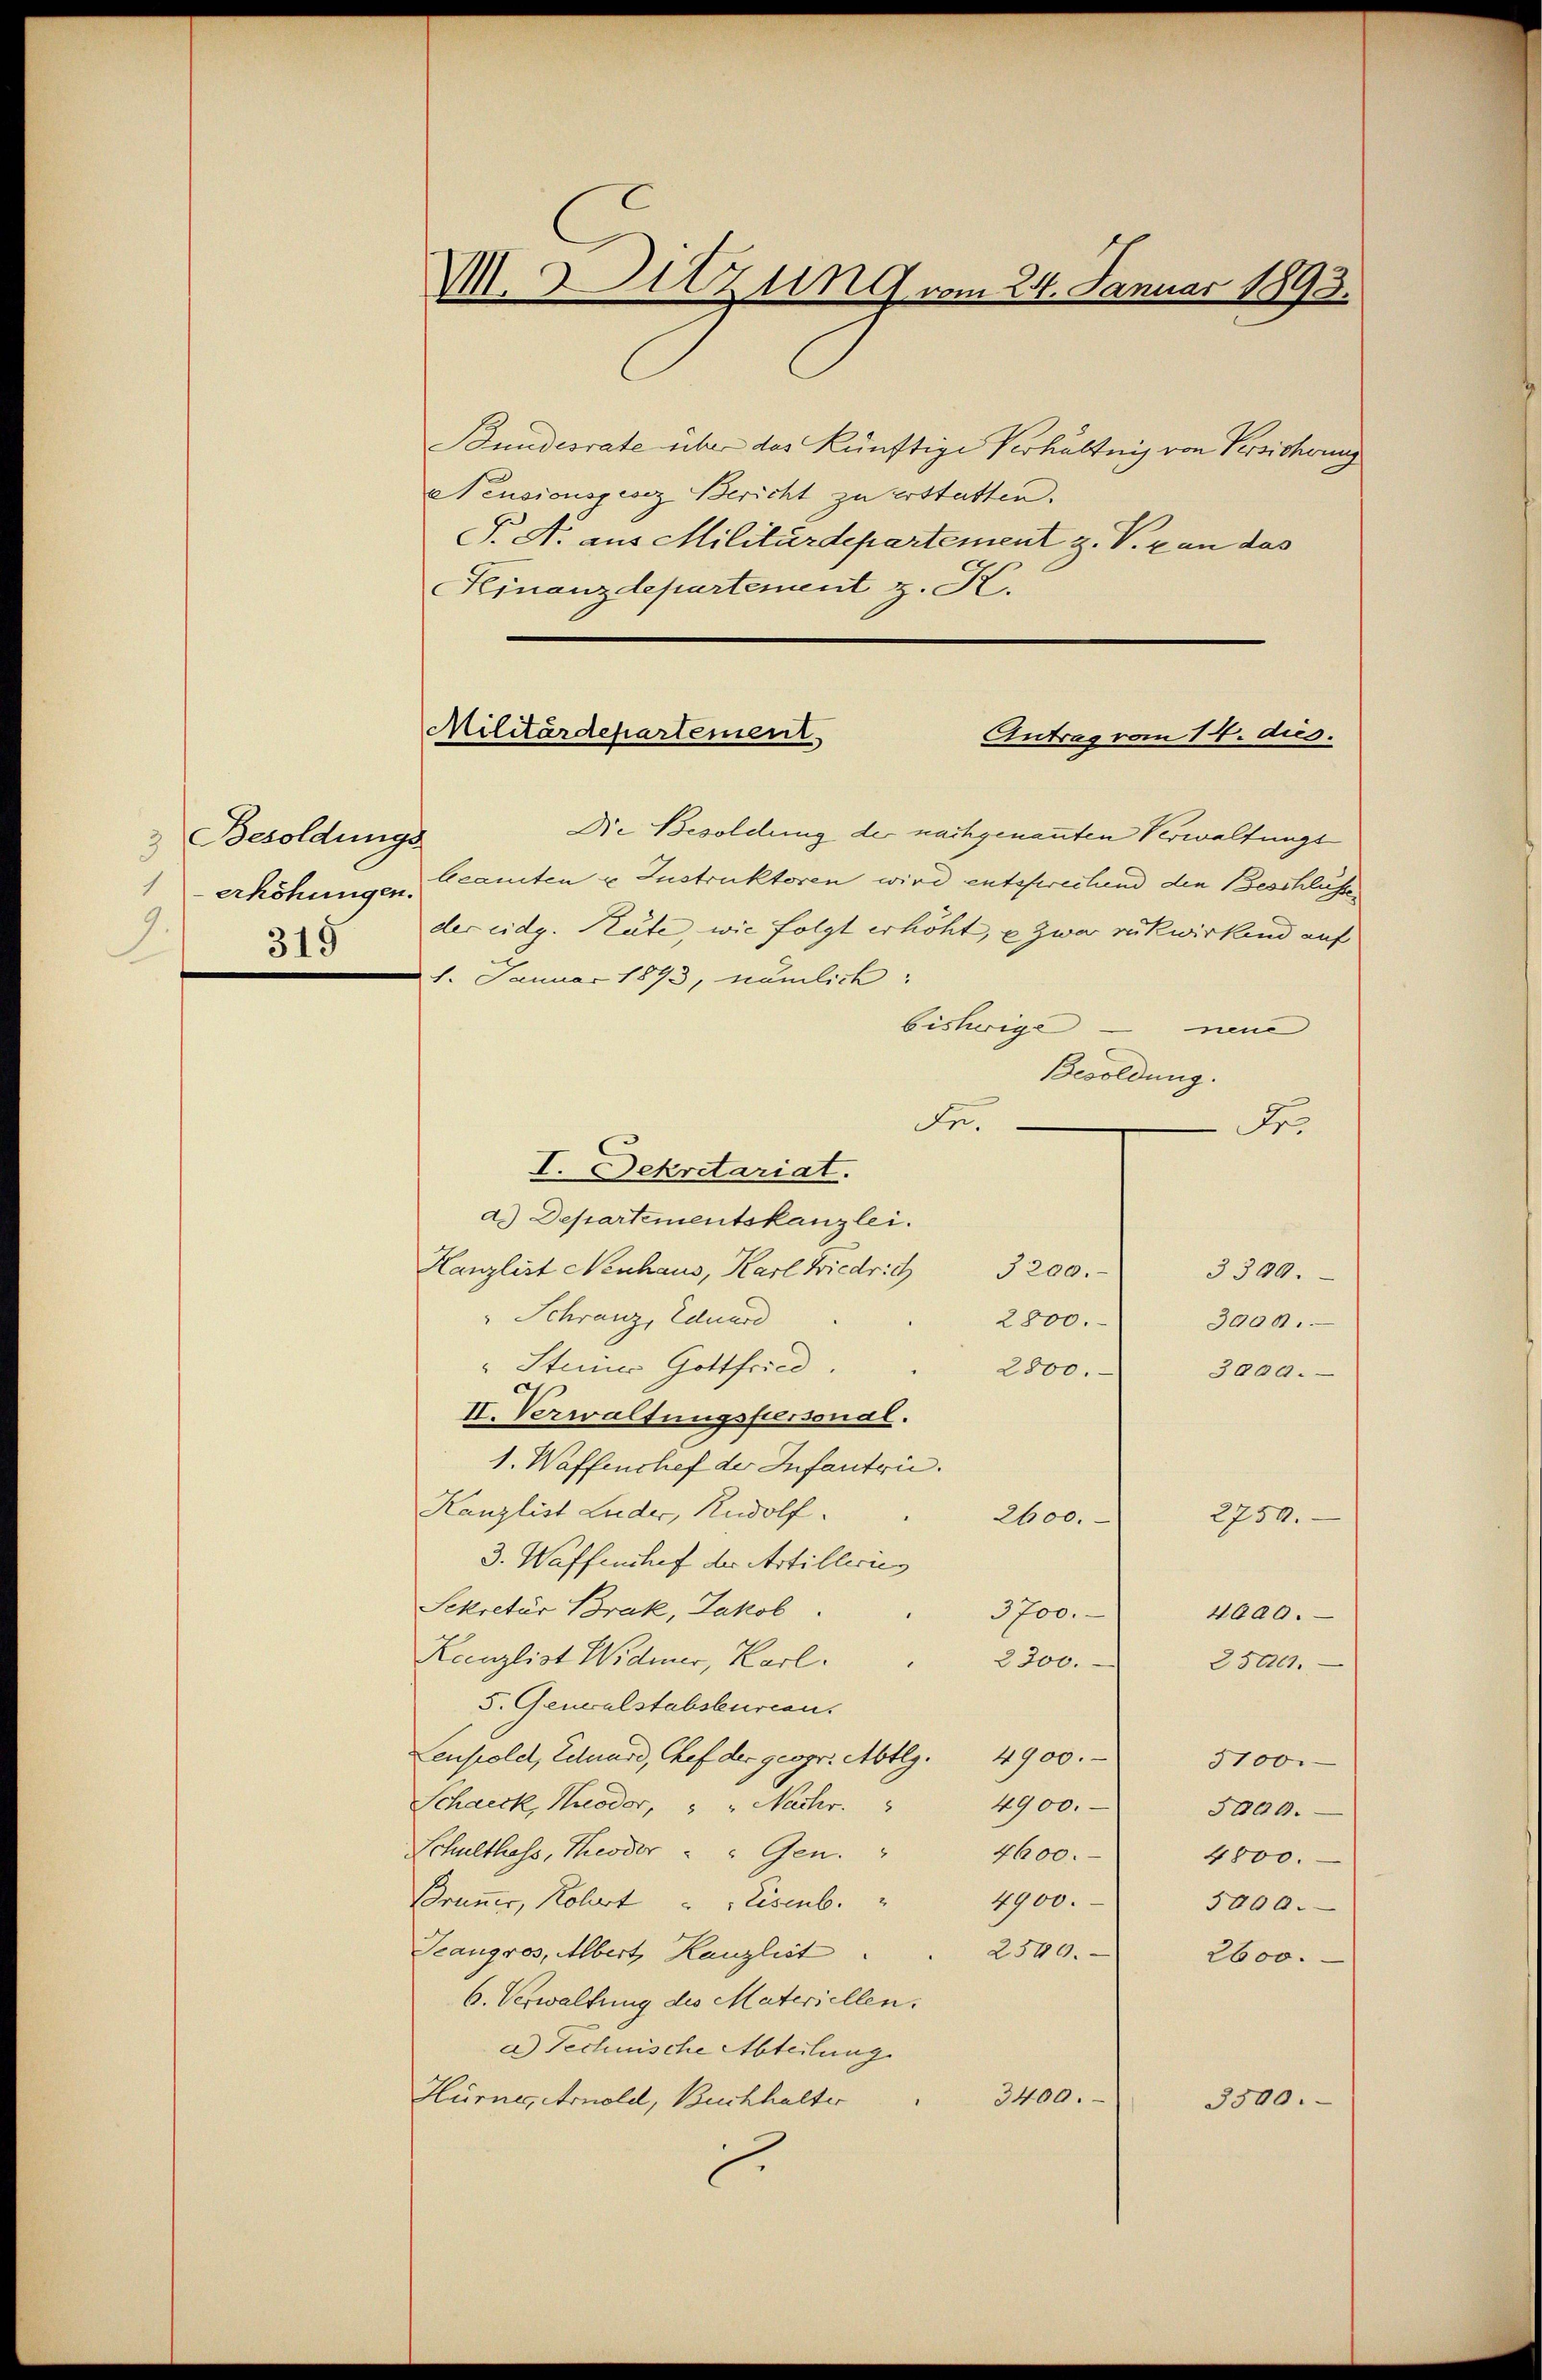
Besoldungs
1 erhöhungen.
315

M. Sitzung vom 24. Januar 1893.

Bundesrate über das künftige Verhältnis von Persicherung
Nensionsgesez Bericht zu erstatten.
J. A. aus Militärdepartement z. V. k an das
Finanzdepartenant z. K.

Militärdepartement
Antrag vom 14. dus.

Die Besoldung der nachgenannten Verwaltunge
beamten u Instruktoren wird entsprechend den Beschlüsse
der eidg. Räte, wie folgt erhöht, u. zwar rükwirkend auf
1. Januar 1893, nämlich:
bisherige neue
Besoldung.
de.
Fr.
I. Sekretariat.
d. Departementskanzlei.
Hanzlist Neuhaus, Karl Friedrich 3200.
3399.
" Schranz, Eduard
2800.
3000.
"Steiner Gottfried.
2800.
3000.
II. Verwaltungspersonal.
1. Waffenchef der Infantrie.
Kanzlist Luder, Rudolf.
2750.
2600.
3. Waffenshef der Artillerie
Sekretär Brak, Jakob.
3700.
4000.
Kenzlist Widmer, Karl.
2300.
251201.
5. Generalstabsturien.
Lenhold, Eduard, Chef der geogr. Abtlg. 4900.
5700.
Schneck, Huodor, " " Nachr.
4900.
5000.
Schulthess, Theoder " " Gen.
4600.
4800.
4900.
Brunner, Rohrt u. Eisenb.
5000.
Teangros, Albert, Kanzlist
2540.
2600.
6. Verwaltung des Materiellen.
a) Technische Abteilung
Hürner, Arnold, Buchhalter
3400.
3500.
l